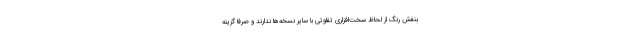
بنفش رنگ از لحاظ سخت‌افزاری تفاوتی با سایر نسخه‌ها ندارند و صرفا گزینه